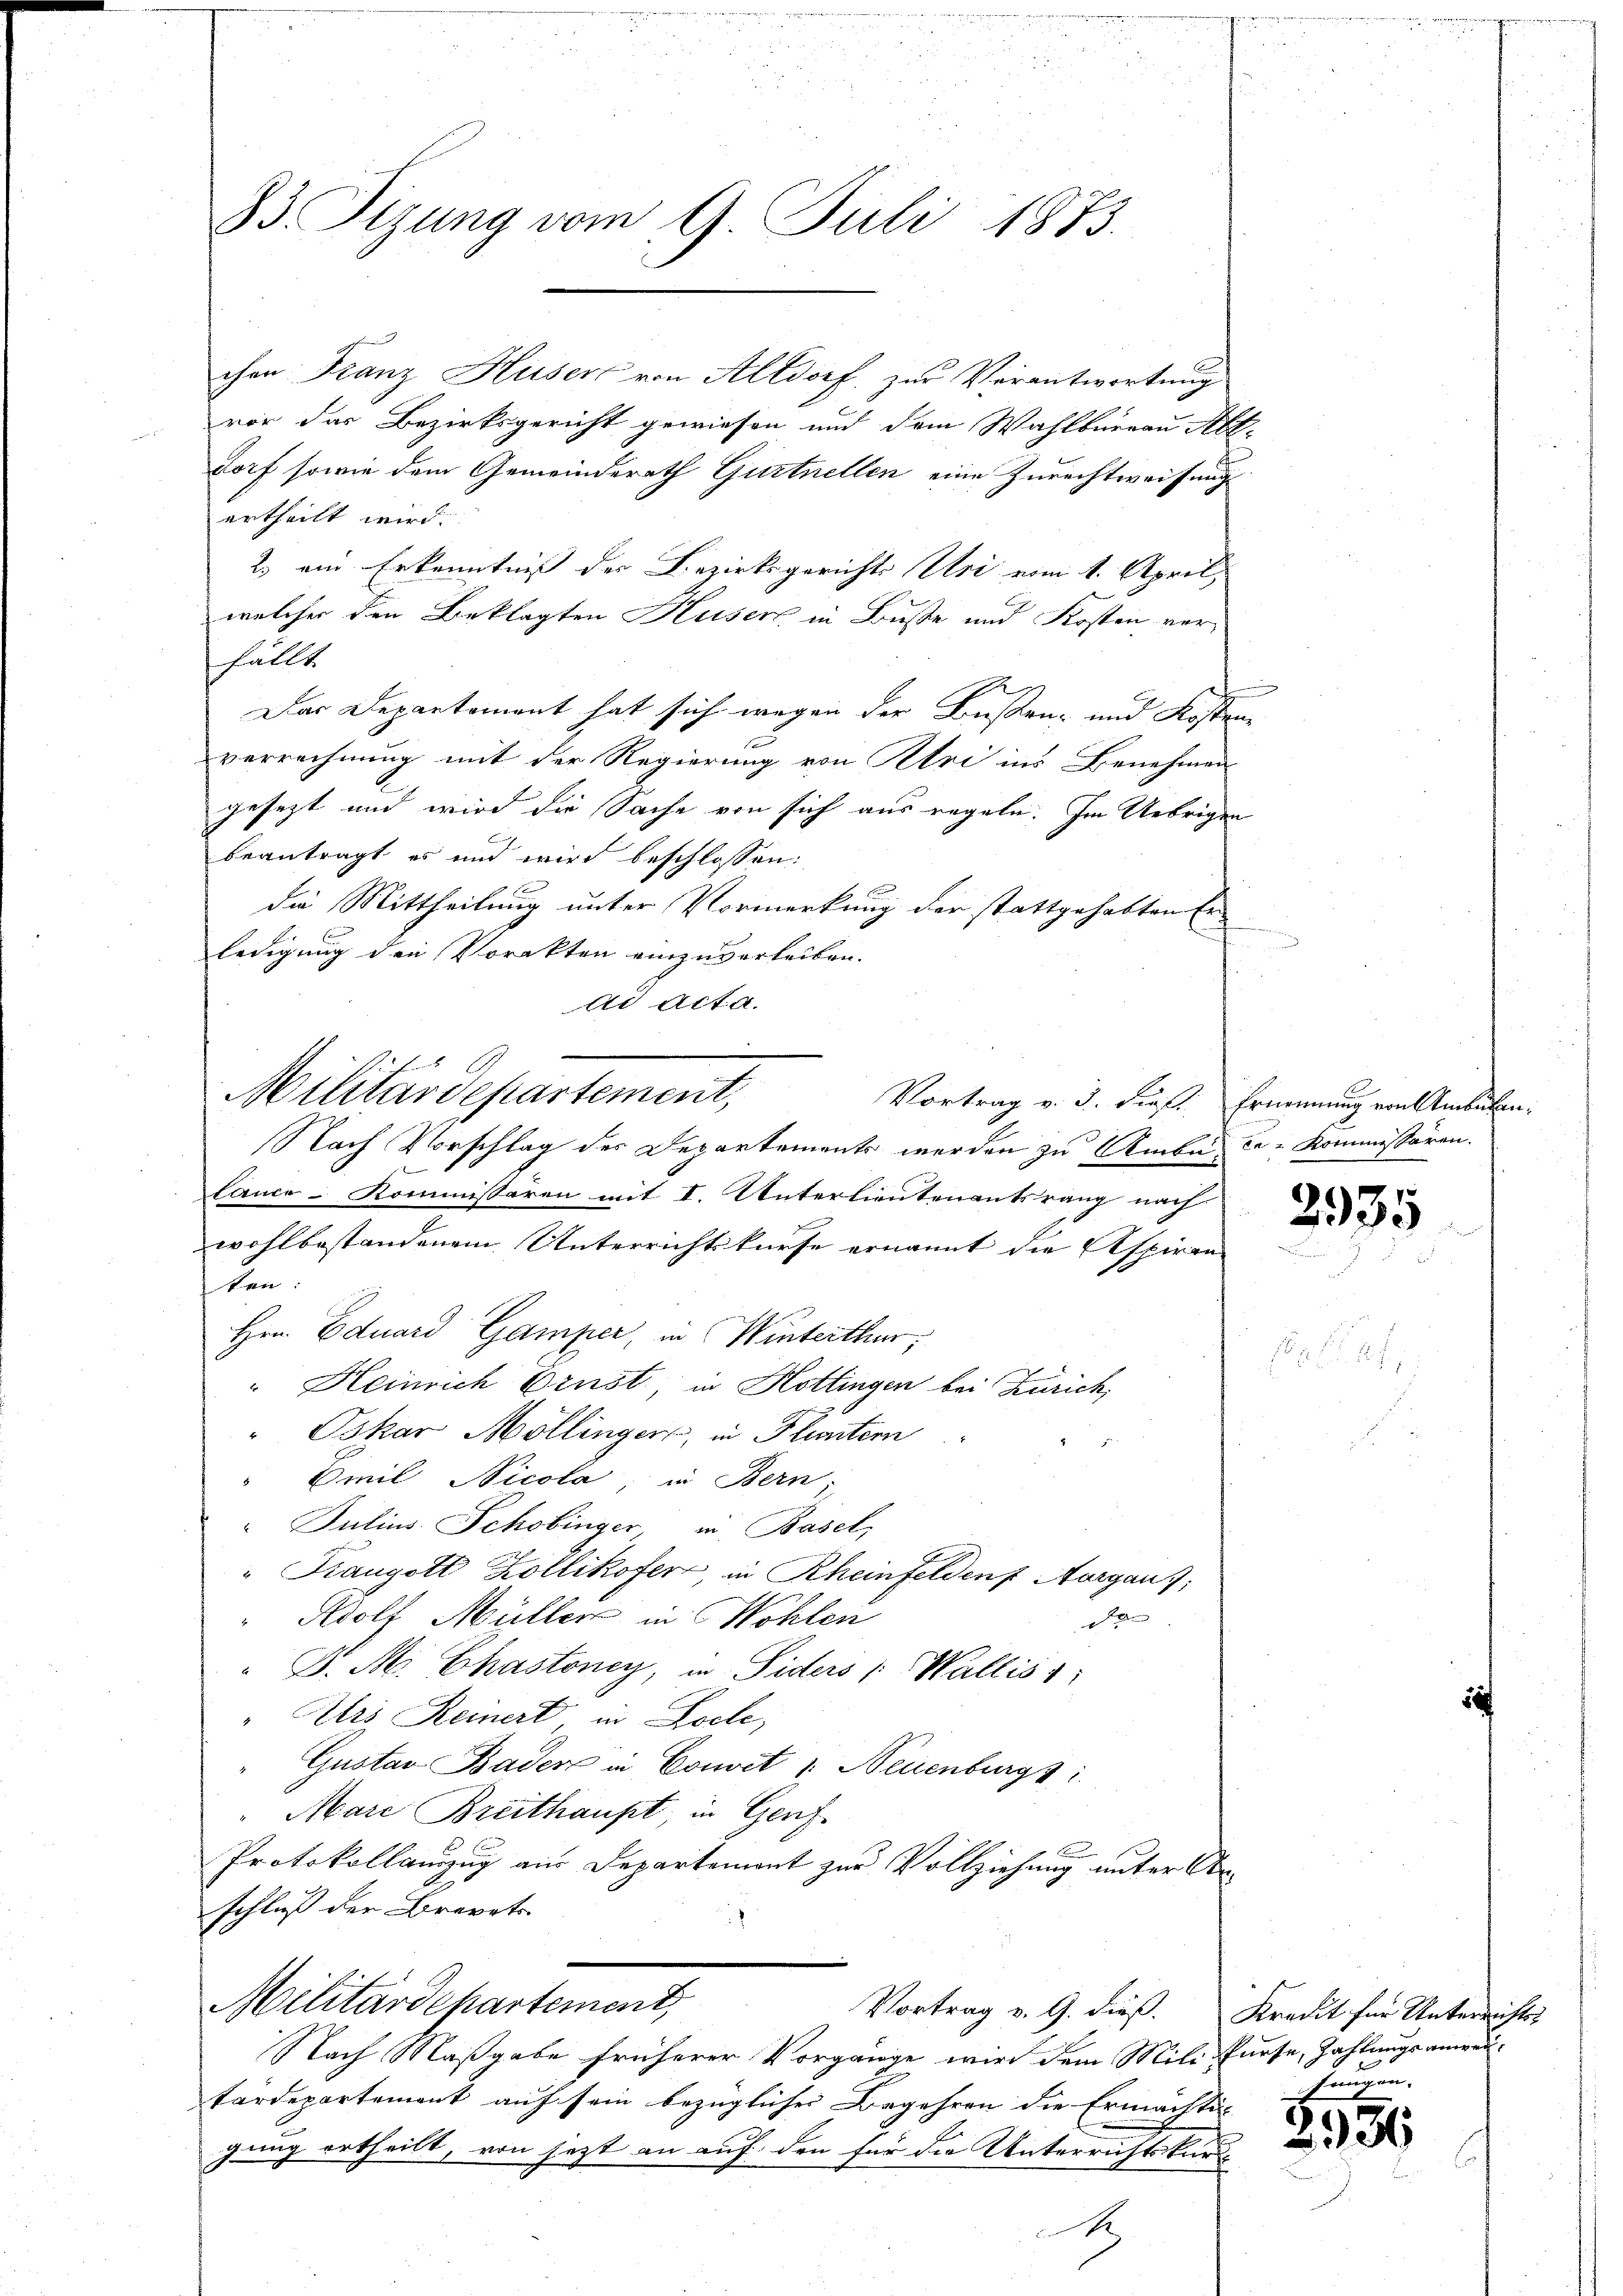
33. Sizung vom 9. Juli 1873.

chen Franz Huser von Altdorf, zur Verantwortung
vor das Bezirksgericht gewiesen und dem Wahlbureau Ab-
dorf sowie dem Gemeinderath Gurtnellen eine Zurechtweisung
ertheilt wird.
2) ein Erkenntniß der Bezirksgerichts Uri vom 1. April,
welcher den Beklagten Huser in Buße und Kosten verfällt.
Das Departement hat sich wegen der Bußen- und Kosten
verrechnung mit der Regierung von Uri ins Benehmen
gesezt und wird die Sache von sich aus regeln. Im Uebrigen
beantragt es und wird beschlossen:
die Mittheilung unter Vormerkung der stattgehabten Erledigung den Vorakten einzuverleiben.
dd Act. a.
Militärdepartement,
Nach Vorschlag des Departements werden zu Amba ce-Kommissären.
Cance-Kommissaren mit I. Unterlieutenantsrang nach
wohlbestandenem Unterrichtskurse ernannt die Aspiran
ten:
Hrn. Eduard Gamper, in Winterthur,
" Heinrich Ernst, in Hottingen bei Zürich,
" Oskar Möllingers, in Fluntern
e
Emil Nicola, in Bern,
" Julius Schobinger in Basel,
" Krangott Zollikofer in Rheinfelden Aargau,
" Adolf Müller in Wohlen
x
" D. M. Chastoney, in Siders Wallis 1
"Ars Reinert in Loele,
Gustav Bader in Convit 1. Neuenburgs
Mare Breithaupt, in Genf
Protokollanzug aus Departement zur Vollziehung unter Arschluß der Brevets
Militärdepartement,
Vortrag v. 9. dieß. Kredit für Unterrichts-
Nach Maßgabe früherer Vorgange wird dem Mili fürse, Zahlungsanwentardepartement auf sein bezüglicher Begehren die Ermächtig
gung ertheilt, von jezt an auf den für die Unterrichtskur¬
A

Vortrag v. 3. dießt. Ernennung von Ambulen¬

u

2935

fringen.

2956